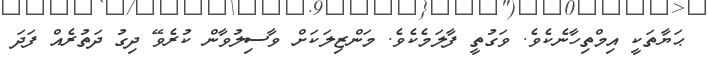
ޙަޔާތަކީ އިމްތިހާނެކެވެ. ވަގުތީ ފާލަމެކެވެ. މަންޒިލަކަށް ވާސިލުވާން ކުރެވޭ ދިގު ދަތުރެއް ފަދަ